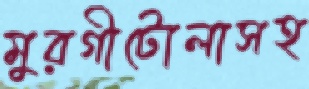
মুরগীটোলাসহ